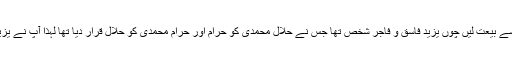
آپ کے دور میں یزید ابن معاویہ شام کے حکمران تھے اور یزید نے چاہا کہ آپ سے بیعت لیں چوں یزید فاسق و فاجر شخص تھا جس نے حلال محمدی کو حرام اور حرام محمدی کو حلال قرار دیا تھا لہذا آپ نے یزید کے بیعت کے جواب میں فرمایا:"مجھ جیسا اس جیسے کی بیعت نہیں کرے گا"۔